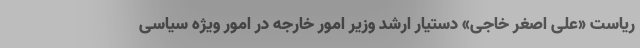
ریاست «علی اصغر خاجی» دستیار ارشد وزیر امور خارجه در امور ویژه سیاسی